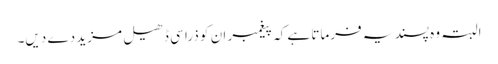
البتہ وہ پسند یہ فرماتا ہے کہ پیغمبر ان کو ذرا سی ڈھیل مزید دے دیں۔